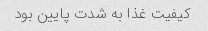
کیفیت غذا به شدت پایین بود